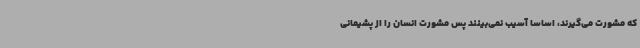
که مشورت می‌گیرند، اساساً آسیب نمی‌بینند پس مشورت انسان را از پشیمانی